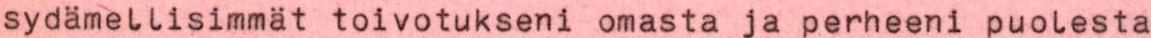
sydämellisimmät toivotukseni omasta ja perheeni puolesta